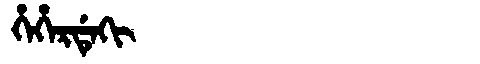
Manchu: ᡥᡝᡥᡝᡵᡩᡝᡴᡳ
Romanization: HEHERDEKI